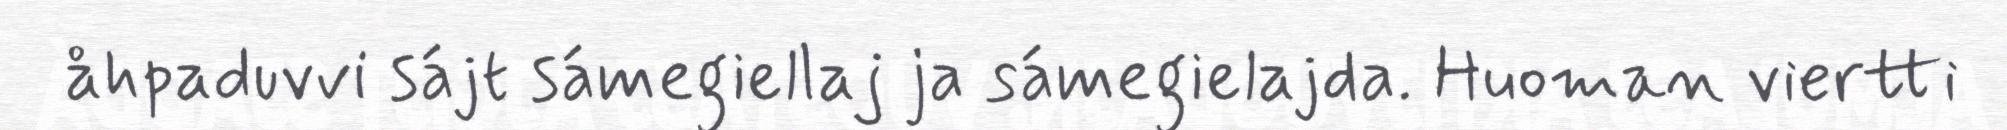
åhpaduvvi sájt sámegiellaj ja sámegielajda. Huoman viertti